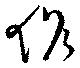
作